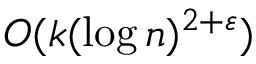
O ( k ( \log n ) ^ { 2 + \varepsilon } )